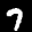
Label: 7